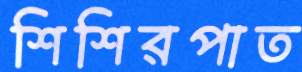
শিশিরপাত